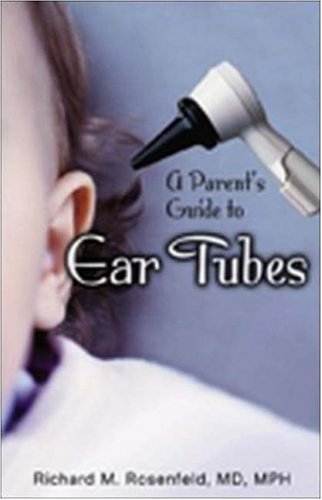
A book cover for A Parent's Guide to Ear Tubes; Richard M. Rosenfeld; Health, Fitness & Dieting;